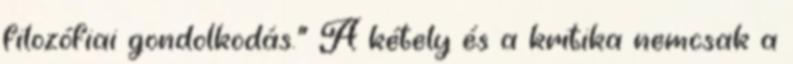
filozófiai gondolkodás.” A kétely és a kritika nemcsak a